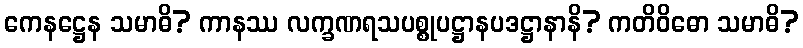
ကေနဋ္ဌေန သမာဓိ? ကာနဿ လက္ခဏရသပစ္စုပဋ္ဌာနပဒဋ္ဌာနာနိ? ကတိဝိဓော သမာဓိ?